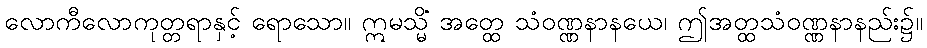
လောကီလောကုတ္တရာနှင့် ရောသော။ ဣမသ္မိံ အတ္ထေ သံဝဏ္ဏနာနယေ၊ ဤအတ္ထသံဝဏ္ဏနာနည်း၌။